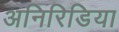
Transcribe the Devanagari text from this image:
अनिरिडिया